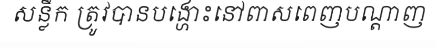
សន្លឹក ត្រូវបានបង្ហោះនៅពាសពេញបណ្តាញ